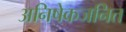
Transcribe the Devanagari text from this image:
अनिषेकजनित